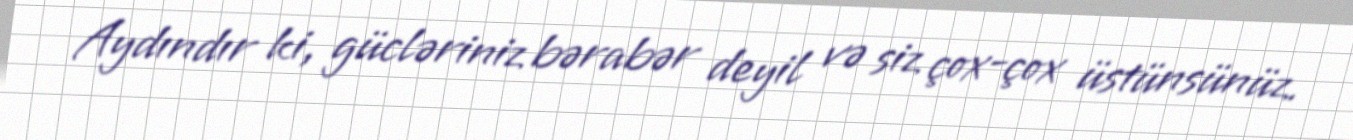
Aydındır ki, gücləriniz bərabər deyil və siz çox-çox üstünsünüz.